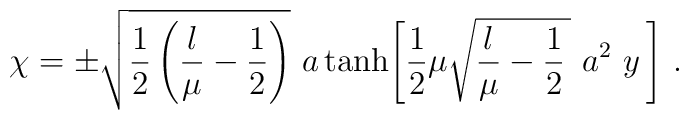
\chi=\pm\sqrt{\frac{1}{2}\left(\frac{\l}{\mu}-\frac{1}{2}\right)}\,\,a\tanh\Biggl[\frac{1}{2}\mu\sqrt{\frac{\l}{\mu}-\frac{1}{2}\,}\,\,a^2\,\,y\,\Biggr]~.